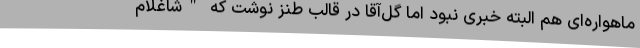
ماهواره‌ای هم البته خبری نبود اما گل‌آقا در قالب طنز نوشت که "شاغلام